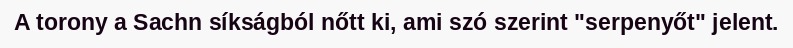
A torony a Sachn síkságból nőtt ki, ami szó szerint "serpenyőt" jelent.